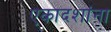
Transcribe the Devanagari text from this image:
एकादशांना